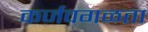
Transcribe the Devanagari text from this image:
कर्जवगळता